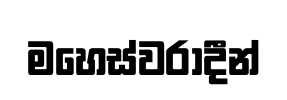
මහෙස්වරාදීන්